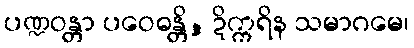
ပဏ္ဍဝန္တာ ပဝေဓန္တိ, ဍိက္ကရိန သမာဂမေ၊